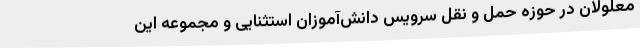
معلولان در حوزه حمل و نقل سرویس دانش‌آموزان استثنایی و مجموعه این